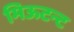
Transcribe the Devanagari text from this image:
मिऊटन्ट